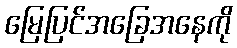
မြေပြင်အခြေအနေကို